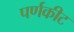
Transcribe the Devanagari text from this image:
पर्णकीट